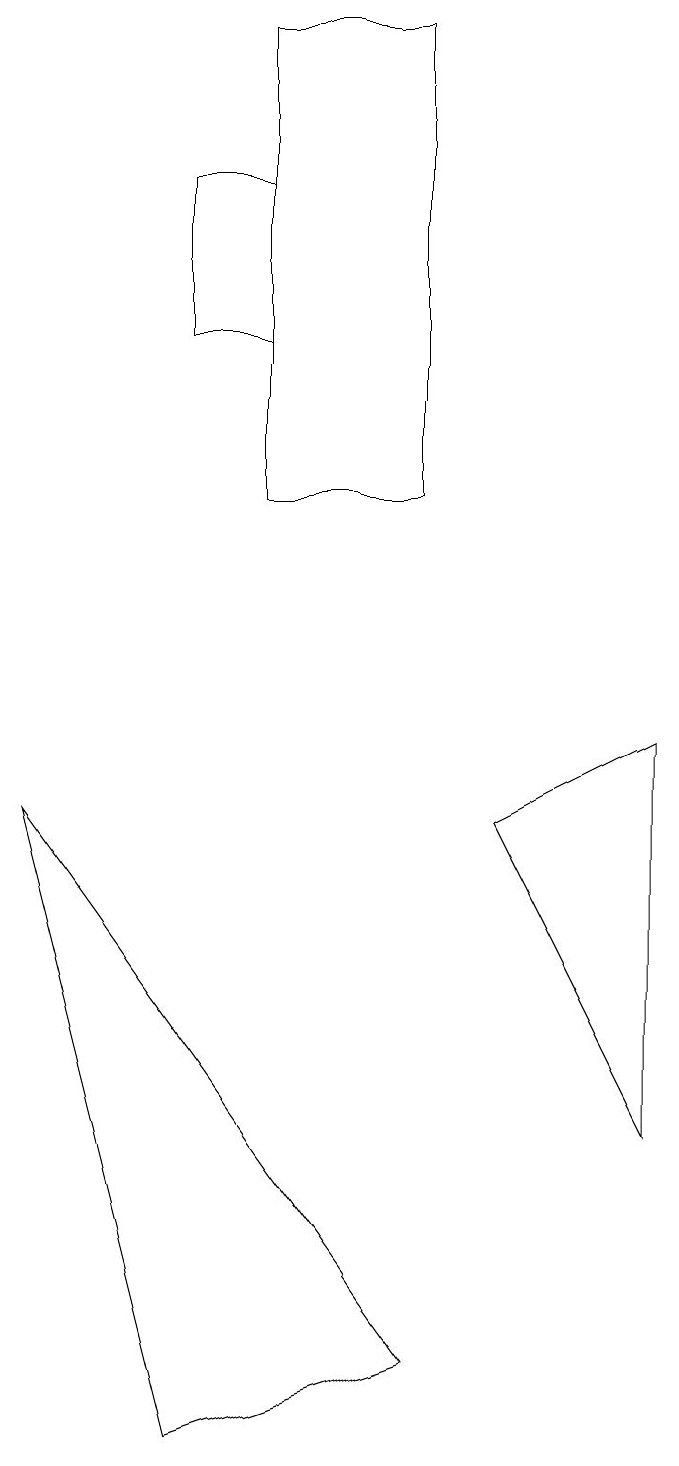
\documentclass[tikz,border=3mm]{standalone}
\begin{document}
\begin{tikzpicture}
\draw (2,16) rectangle (3,14);
\draw (8,9) -- (6,8) -- (8,4) -- cycle;
\draw (3,12) rectangle (5,18);
\draw (0,8) -- (5,1) -- (2,0) -- cycle;
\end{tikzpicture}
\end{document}